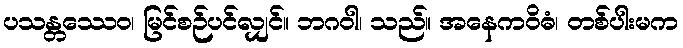
ပသန္တဿေဝ၊ မြင်စဉ်ပင်လျှင်။ ဘဂဝါ၊ သည်။ အနေကဝိဓံ၊ တစ်ပါးမက